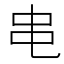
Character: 𫩙